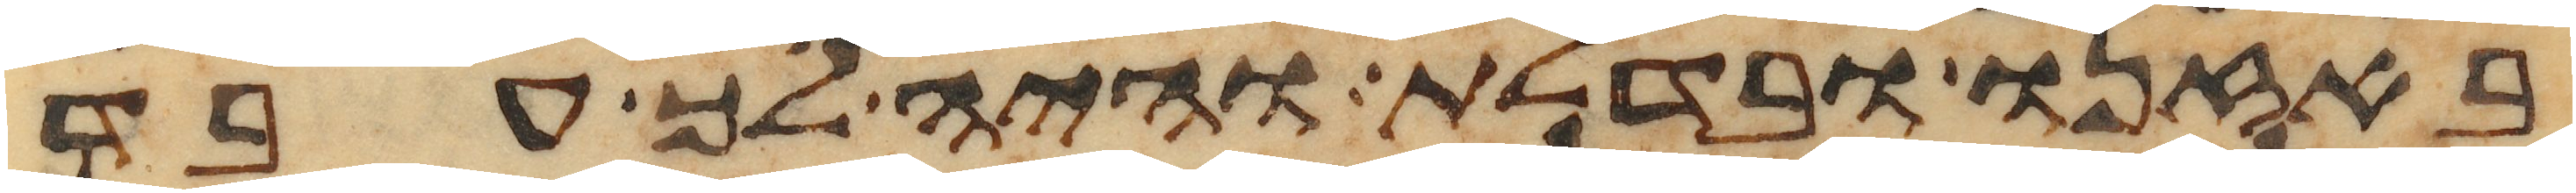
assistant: באזנו ובדלת והיה לך עבד